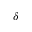
\delta